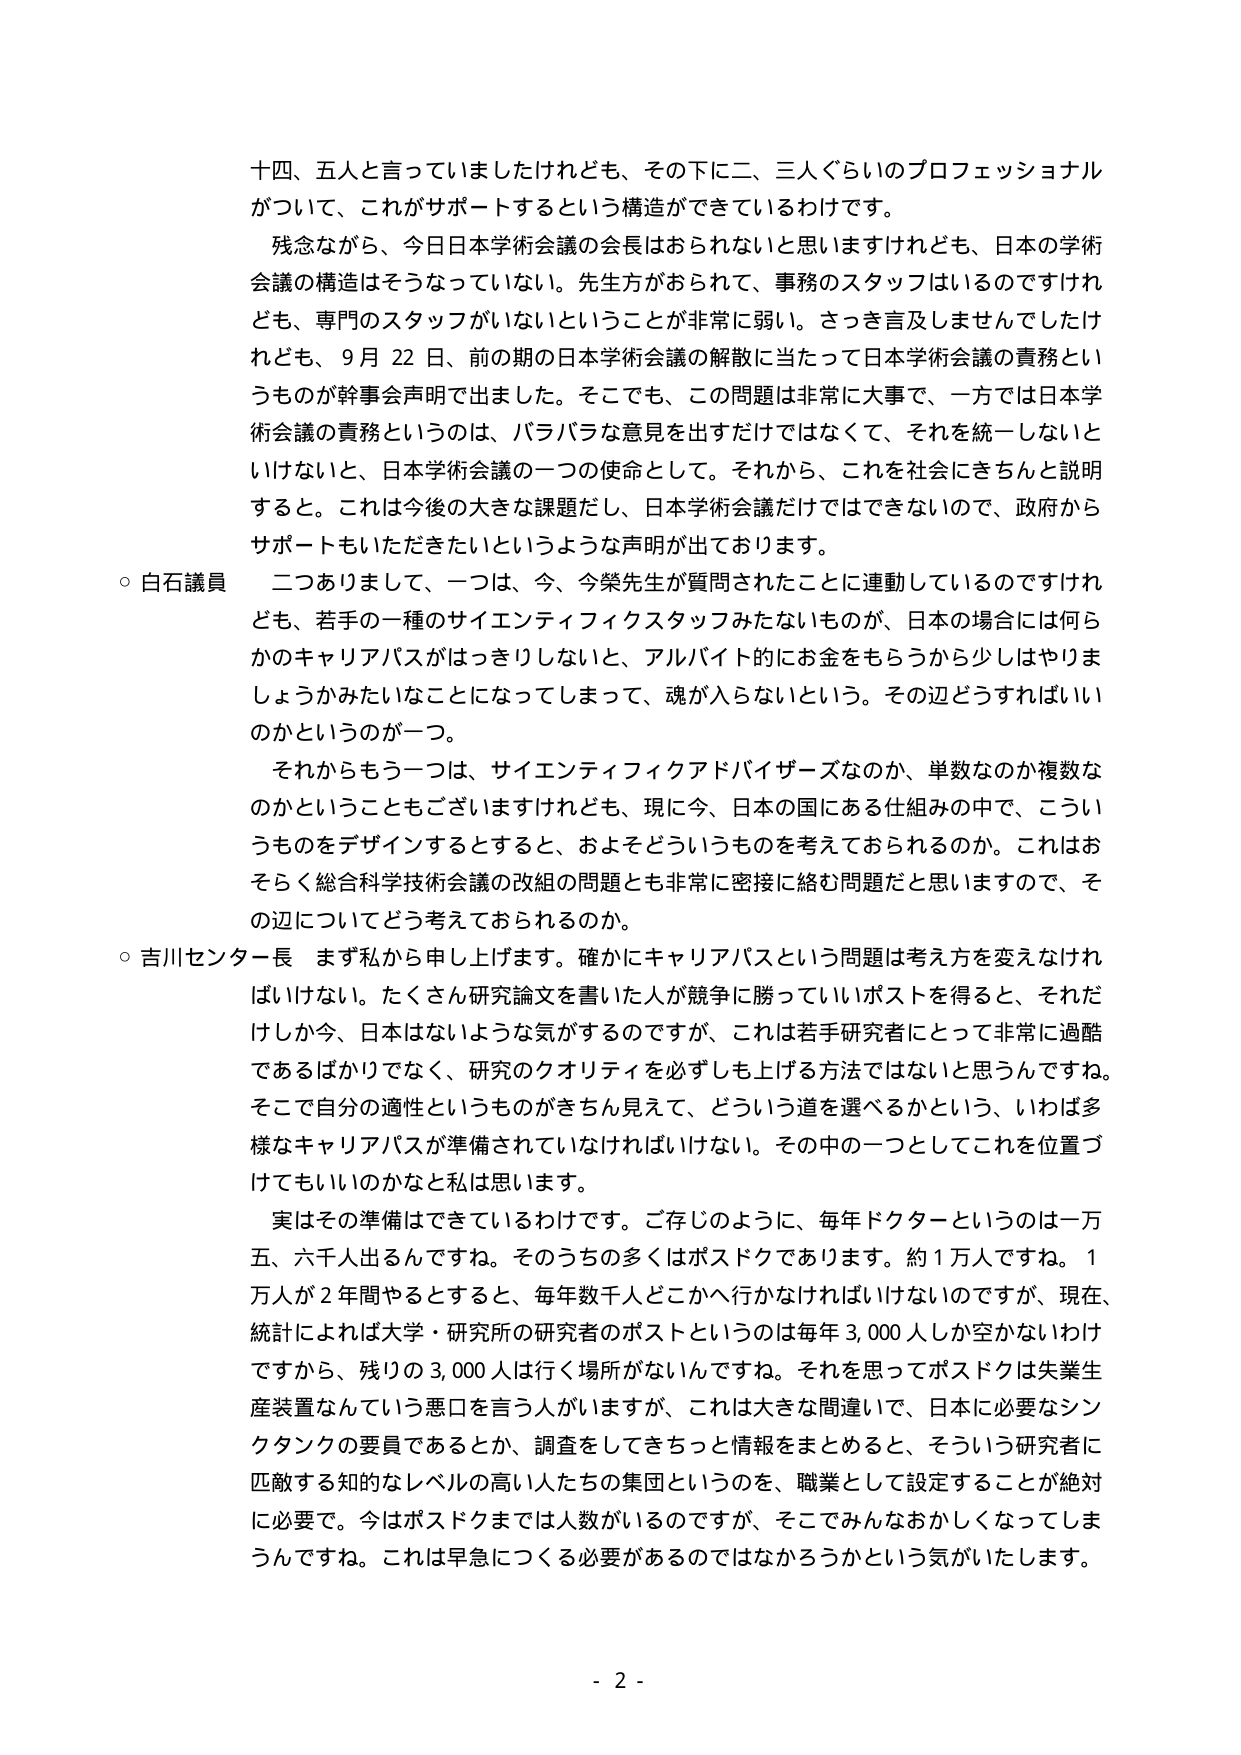
十四、五人と言っていましたけれども、その下に二、三人ぐらいのプロフェッショナルがついて、これがサポートするという構造ができているわけです。

残念ながら、今日日本学術会議の会長はおられないと思いますけれども、日本の学術会議の構造はそうなっていない。先生方がおられて、事務のスタッフはいるのですけれども、専門のスタッフがいないということが非常に弱い。さっき言及しませんでしたけれども、9月22日、前の期の日本学術会議の解散に当たって日本学術会議の責務というもののが幹事会声明で出ました。そこでも、この問題は非常に大事で、一方では日本学術会議の責務というのは、バラバラな意見を出すだけではなくて、それを統一しないといけないと、日本学術会議の一つの使命として。それから、これを社会にきちんと説明すると。これは今後の大きな課題だし、日本学術会議だけではできないので、政府からサポートもいただきたいというような声明が出ております。

○ 白石議員　二つありまして、一つは、今、今榮先生が質問されたことに連動しているのですけれども、若手の一種のサイエンティフィックスタッフみたいなものが、日本の場合には何らかのキャリアパスがはっきりしないと、アルバイト的にお金をもらうから少しはやりましょうかみたいなことになってしまって、魂が入らないという。その辺どうすればいいのかというのが一つ。

それからもう一つは、サイエンティフィックアドバイザーズなのか、単数なのか複数なのかということもございますけれども、現に今、日本の国にある仕組みの中で、こういうものをデザインするとすると、およそどういうものを考えておられるのか。これはおそらく総合科学技術会議の改組の問題とも非常に密接に絡む問題だと思いますので、その辺についてどう考えておられるのか。

○ 吉川センター長　まず私から申し上げます。確かにキャリアパスという問題は考え方を変えなければいけない。たくさん研究論文を書いた人が競争に勝っていいポストを得ると、それだけしか今、日本はないような気がするのですが、これは若手研究者にとって非常に過酷であるばかりでなく、研究のクオリティを必ずしも上げる方法ではないと思うんですね。そこで自分の適性というものがきちんと見えて、どういう道を選べるかという、いわば多様なキャリアパスが準備されていなければいけない。その中の一つとしてこれを位置づけてもいいのかなと私は思います。

実はその準備はできているわけです。ご存じのように、毎年ドクターというのは一万五、六千人出るんですね。そのうちの多くはポスドクであります。約1万人ですね。1万人が2年間やるとすると、毎年数千人どこかへ行かなければいけないのですが、現在、統計によれば大学・研究所の研究者のポストというのは毎年3,000人しか空かないわけですから、残りの3,000人は行く場所がないんですね。それを思ってポスドクは失業生産装置なんという悪口を言う人がいますが、これは大きな間違いで、日本に必要なシンクタンクの要員であるとか、調査をしてきちっと情報をまとめる、そういう研究者に匹敵する知的なレベルの高い人たちの集団というのを、職業として設定することが絶対に必要で。今はポスドクまでは人数がいるのですが、そこでみんなおかしくなってしまうんですね。これは早急につくる必要があるのではなかろうかという気がいたします。

- 2 -